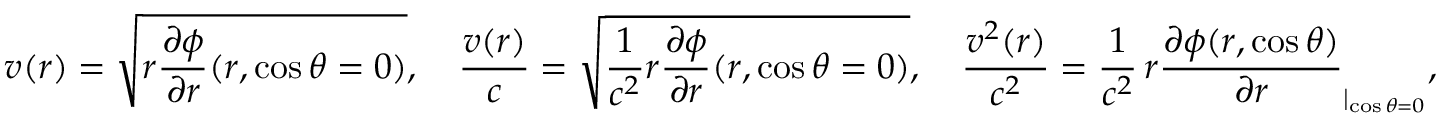
v ( r ) = \sqrt { r \frac { \partial \phi } { \partial r } ( r , \cos \theta = 0 ) } , \quad \frac { v ( r ) } { c } = \sqrt { \frac { 1 } { c ^ { 2 } } r \frac { \partial \phi } { \partial r } ( r , \cos \theta = 0 ) } , \quad \frac { v ^ { 2 } ( r ) } { c ^ { 2 } } = \frac { 1 } { c ^ { 2 } } \, r \frac { \partial \phi ( r , \cos \theta ) } { \partial r } _ { | _ { \cos \theta = 0 } } ,